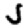
Digit: 5